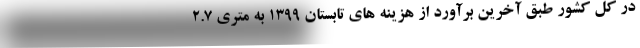
در کل کشور طبق آخرین برآورد از هزینه های تابستان ۱۳۹۹ به متری ۲.۷